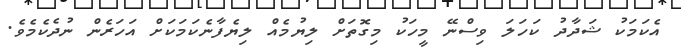
އެކަމަކު ޝަދާދު ކަހަލަ ވިސްނޭ މީހަކު މިގޮތަށް ލިޔުމެއް ލިޔެފާނެކަމަކަށް އަހަރެން ނުދެކެމެވެ.